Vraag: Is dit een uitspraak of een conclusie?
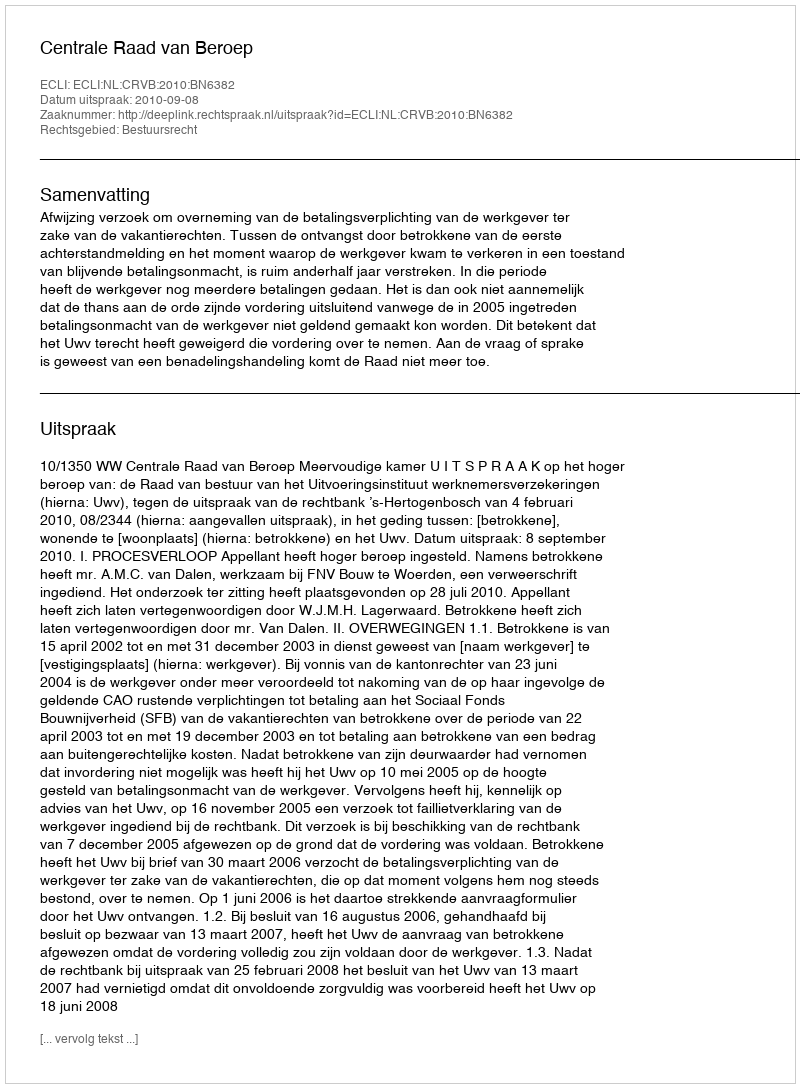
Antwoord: Uitspraak